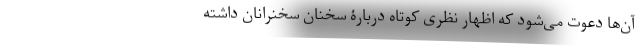
آن‌ها دعوت می‌شود که اظهار نظری کوتاه دربارۀ سخنان سخنرانان داشته